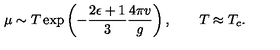
\mu \sim T \exp \left( - \frac { 2 \epsilon + 1 } 3 \frac { 4 \pi v } g \right) , \qquad T \approx T _ { c } .